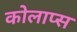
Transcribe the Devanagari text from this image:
कोलाप्स